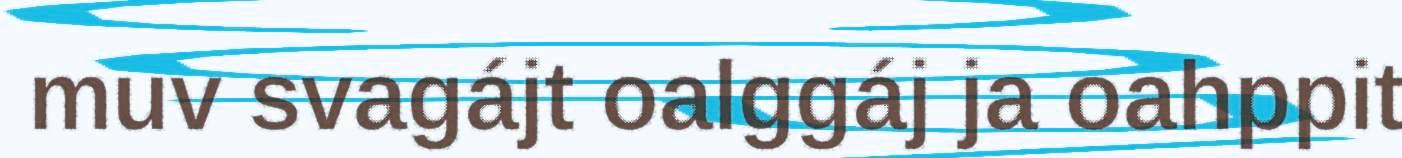
muv svagájt oalggáj ja oahppit